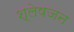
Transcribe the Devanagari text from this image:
श्लेषजन